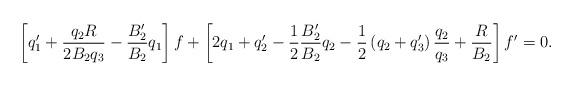
LaTeX: \begin{align*}\left[ q_{1}^{\prime }+\frac{q_{2}R}{2B_{2}q_{3}}-\frac{B_{2}^{\prime }}{B_{2}}q_{1}\right] f+\left[ 2q_{1}+q_{2}^{\prime }-\frac{1}{2}\frac{B_{2}^{\prime }}{B_{2}}q_{2}-\frac{1}{2}\left( q_{2}+q_{3}^{\prime }\right) \frac{q_{2}}{q_{3}}+\frac{R}{B_{2}}\right] f^{\prime }=0. \end{align*}